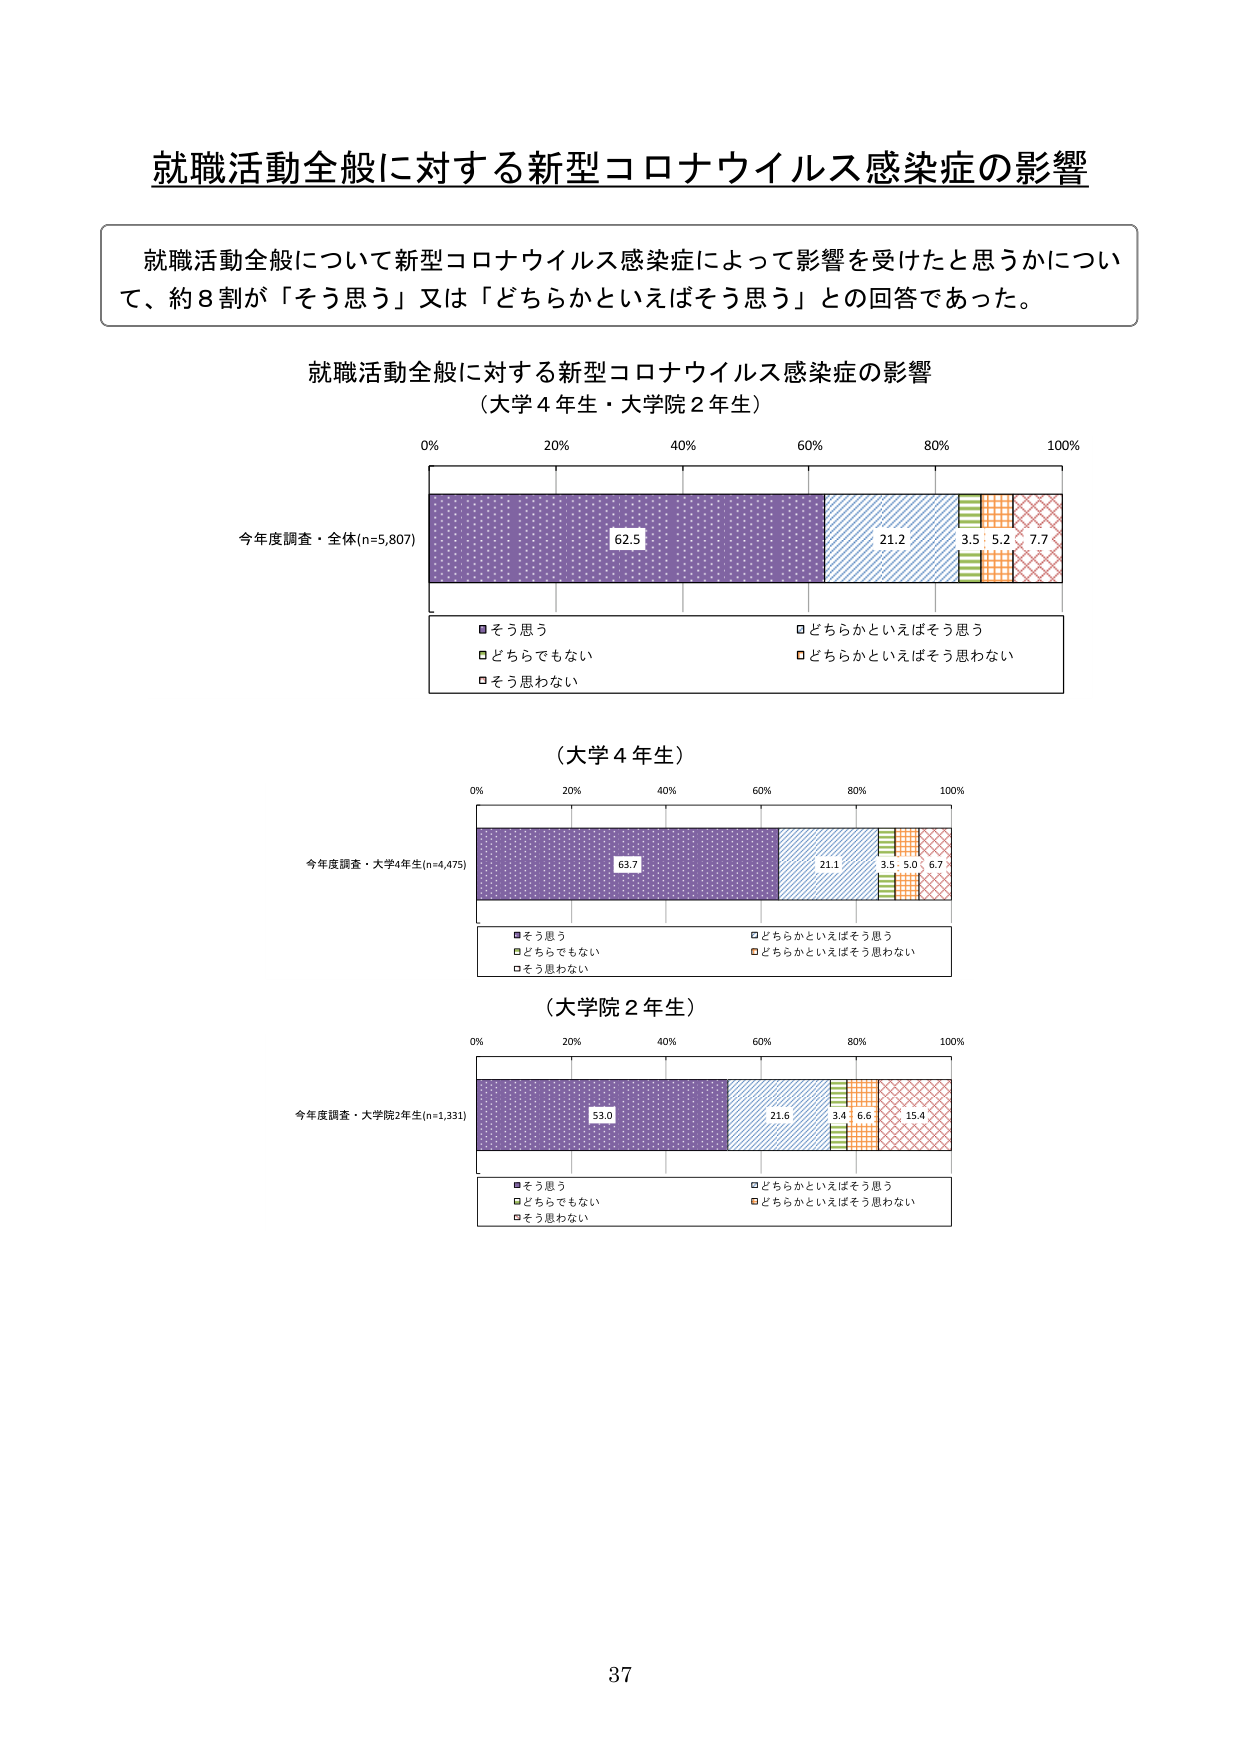
就職活動全般に対する新型コロナウイルス感染症の影響

就職活動全般について新型コロナウイルス感染症によって影響を受けたと思うかについて、約8割が「そう思う」又は「どちらかといえばそう思う」との回答であった。

就職活動全般に対する新型コロナウイルス感染症の影響
（大学4年生・大学院2年生）

0% 20% 40% 60% 80% 100%

今年度調査・全体(n=5,807)
62.5 21.2 3.5 5.2 7.7

■そう思う
□どちらかといえばそう思う
■どちらでもない
■どちらかといえばそう思わない
□そう思わない

（大学4年生）

0% 20% 40% 60% 80% 100%

今年度調査・大学4年生(n=4,475)
63.7 21.1 3.5 5.0 6.7

■そう思う
□どちらかといえばそう思う
■どちらでもない
■どちらかといえばそう思わない
□そう思わない

（大学院2年生）

0% 20% 40% 60% 80% 100%

今年度調査・大学院2年生(n=1,331)
53.0 21.6 3.4 6.6 15.4

■そう思う
□どちらかといえばそう思う
■どちらでもない
■どちらかといえばそう思わない
□そう思わない

37